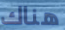
هناك